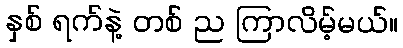
နှစ် ရက်နဲ့ တစ် ည ကြာလိမ့်မယ်။